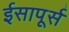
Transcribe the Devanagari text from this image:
ईसापूर्स